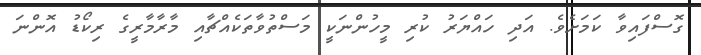
ގޮސްފައިވާ ކަމަށެވެ. އަދި ހައްޔަރު ކުރި މީހުންނަކީ މަސްތުވާތަކެއްޗާއި މާރާމާރީގެ ރިކޯޑު އޮންނަ